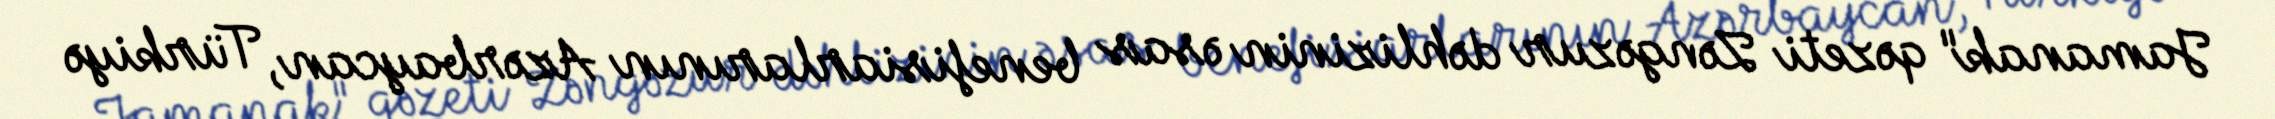
Jamanak" qəzeti Zəngəzur dəhlizinin əsas benefisiarlarının Azərbaycan, Türkiyə